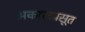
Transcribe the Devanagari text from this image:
अकालप्रसूत